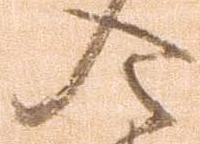
令